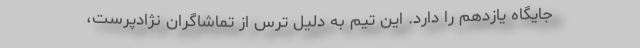
جایگاه یازدهم را دارد. این تیم به دلیل ترس از تماشاگران نژادپرست،